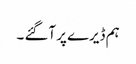
ہم ڈیرے پر آگئے ۔